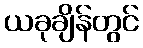
ယခုချိန်တွင်